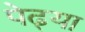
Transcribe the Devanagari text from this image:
पेढ्या